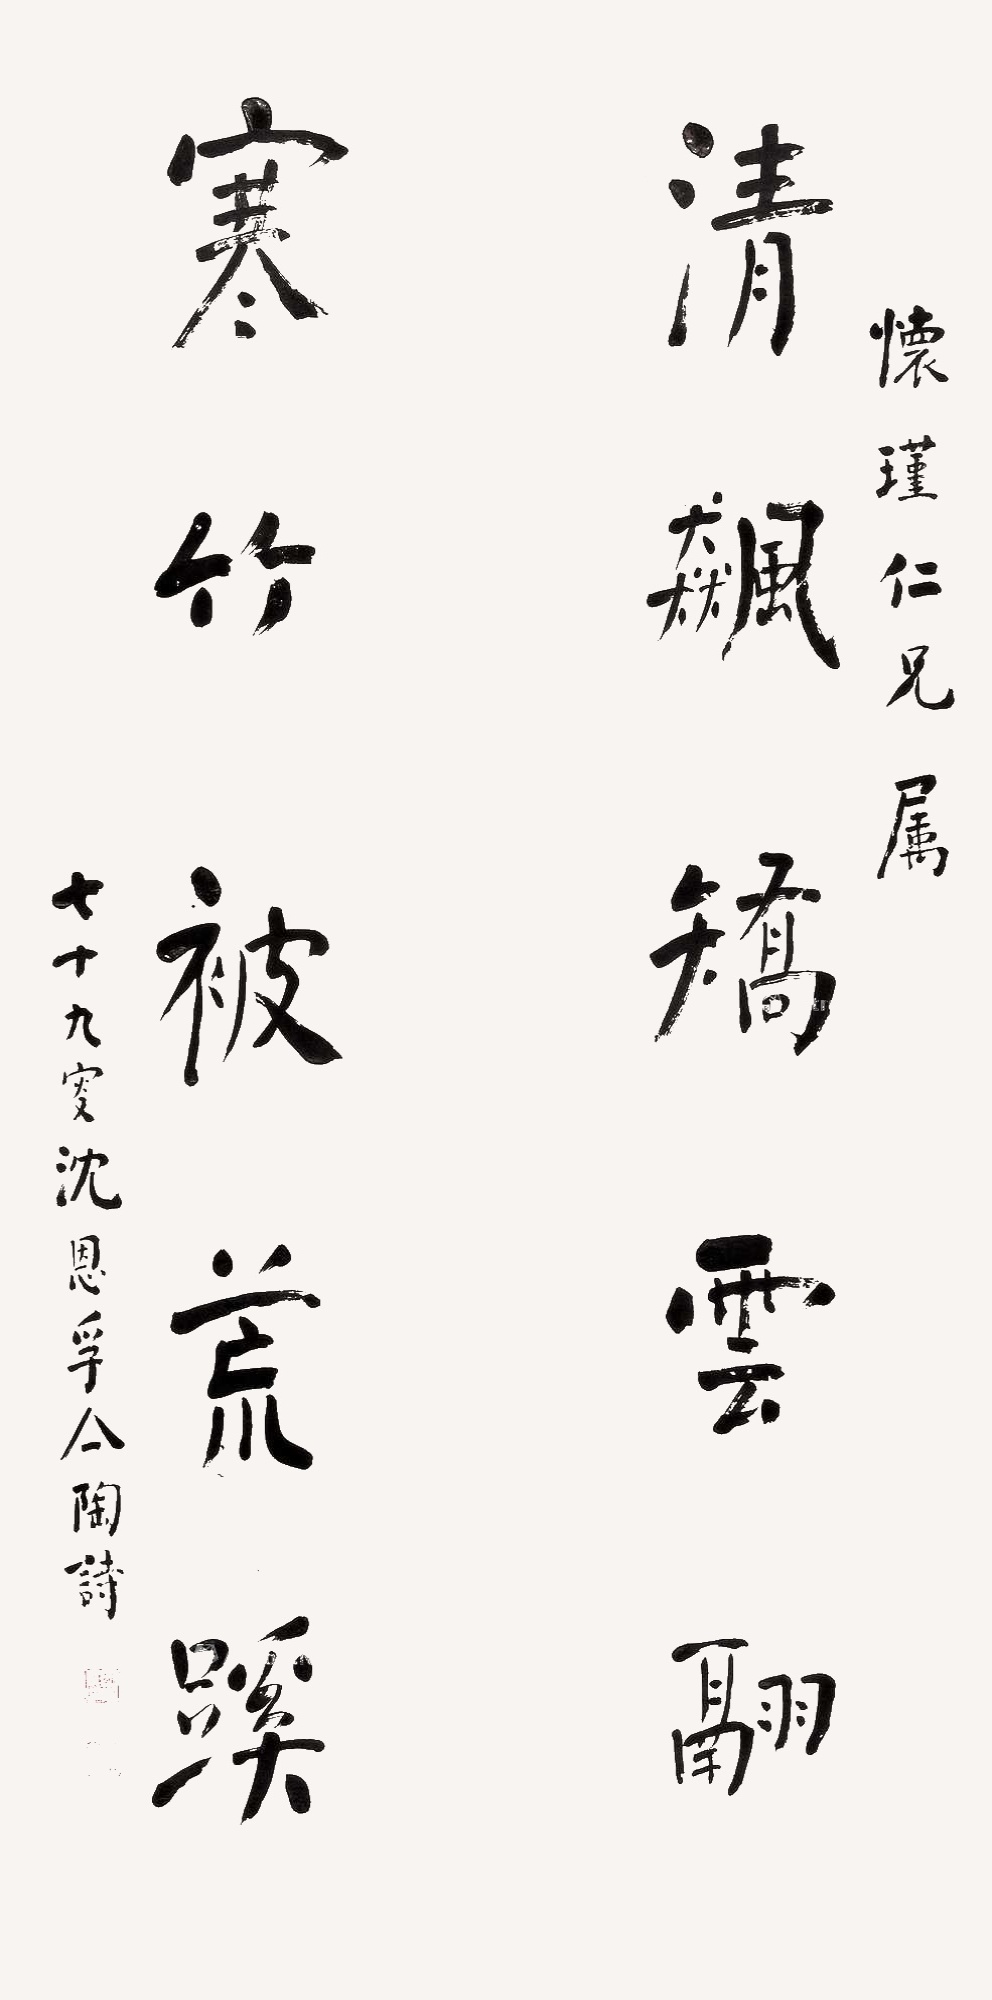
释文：清飙矫云翮，寒竹被荒蹊。怀瑾仁兄属，七十九叟沈恩孚囗陶诗。